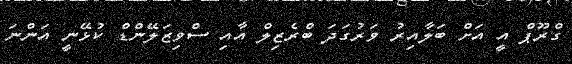
ގްރޫޕް އީ އަށް ބަލާއިރު ވަރުގަދަ ބްރެޒިލް އާއި ސްވިޒަލޭންޑް ކުޅޭނީ އަންނަ